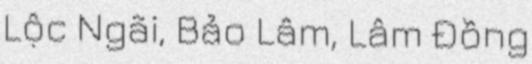
Lộc Ngãi, Bảo Lâm, Lâm Đồng